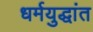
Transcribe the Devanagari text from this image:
धर्मयुद्धांत